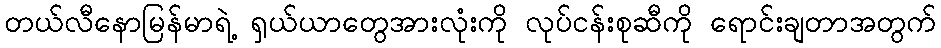
တယ်လီနောမြန်မာရဲ့ ရှယ်ယာတွေအားလုံးကို လုပ်ငန်းစုဆီကို ရောင်းချတာအတွက်